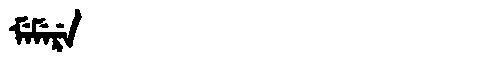
Manchu: ᠮᡝᠮᡝᡵᡝ
Romanization: MEMERE